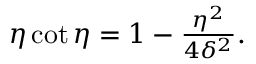
\begin{array} { r } { \eta \cot { \eta } = 1 - \frac { \eta ^ { 2 } } { 4 \delta ^ { 2 } } . } \end{array}